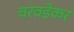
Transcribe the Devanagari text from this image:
वरवडेकर